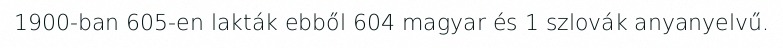
1900-ban 605-en lakták ebből 604 magyar és 1 szlovák anyanyelvű.